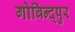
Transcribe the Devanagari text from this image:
गोबिन्द्पुर